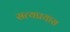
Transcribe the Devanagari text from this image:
सत्यप्रयास